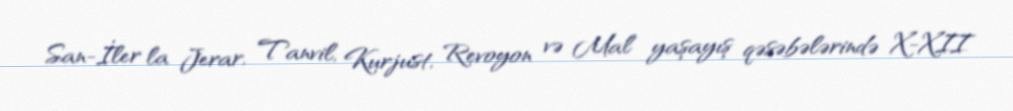
San-İler la Jerar, Tanvil, Kurjust, Revoyon və Mal yaşayış qəsəbələrində X-XII